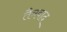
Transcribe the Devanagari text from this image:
तैत्रवाद